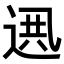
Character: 𨓟